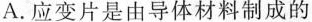
A. 应变片是由导体材料制成的